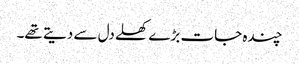
چندہ جات بڑے کھلے دل سے دیتے تھے۔